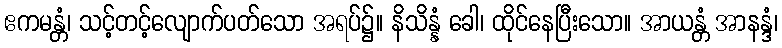
ဧကမန္တံ၊ သင့်တင့်လျောက်ပတ်သော အရပ်၌။ နိသိန္နံ ခေါ၊ ထိုင်နေပြီးသော။ အာယန္တံ အာနန္ဒံ၊